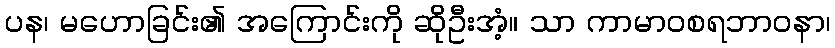
ပန၊ မဟောခြင်း၏ အကြောင်းကို ဆိုဦးအံ့။ သာ ကာမာဝစရဘာဝနာ၊